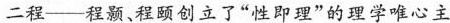
二程—程颢、程颐创立了”性即理”的理学唯心主